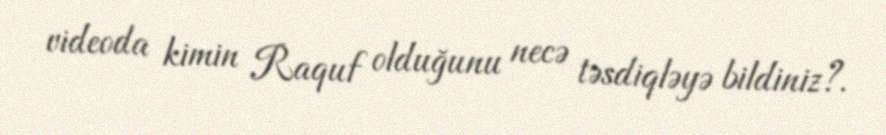
videoda kimin Raquf olduğunu necə təsdiqləyə bildiniz?.